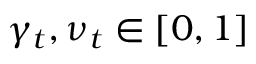
\gamma _ { t } , \nu _ { t } \in [ 0 , 1 ]